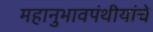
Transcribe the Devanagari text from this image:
महानुभावपंथीयांचे